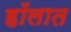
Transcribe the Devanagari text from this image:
हॉलात